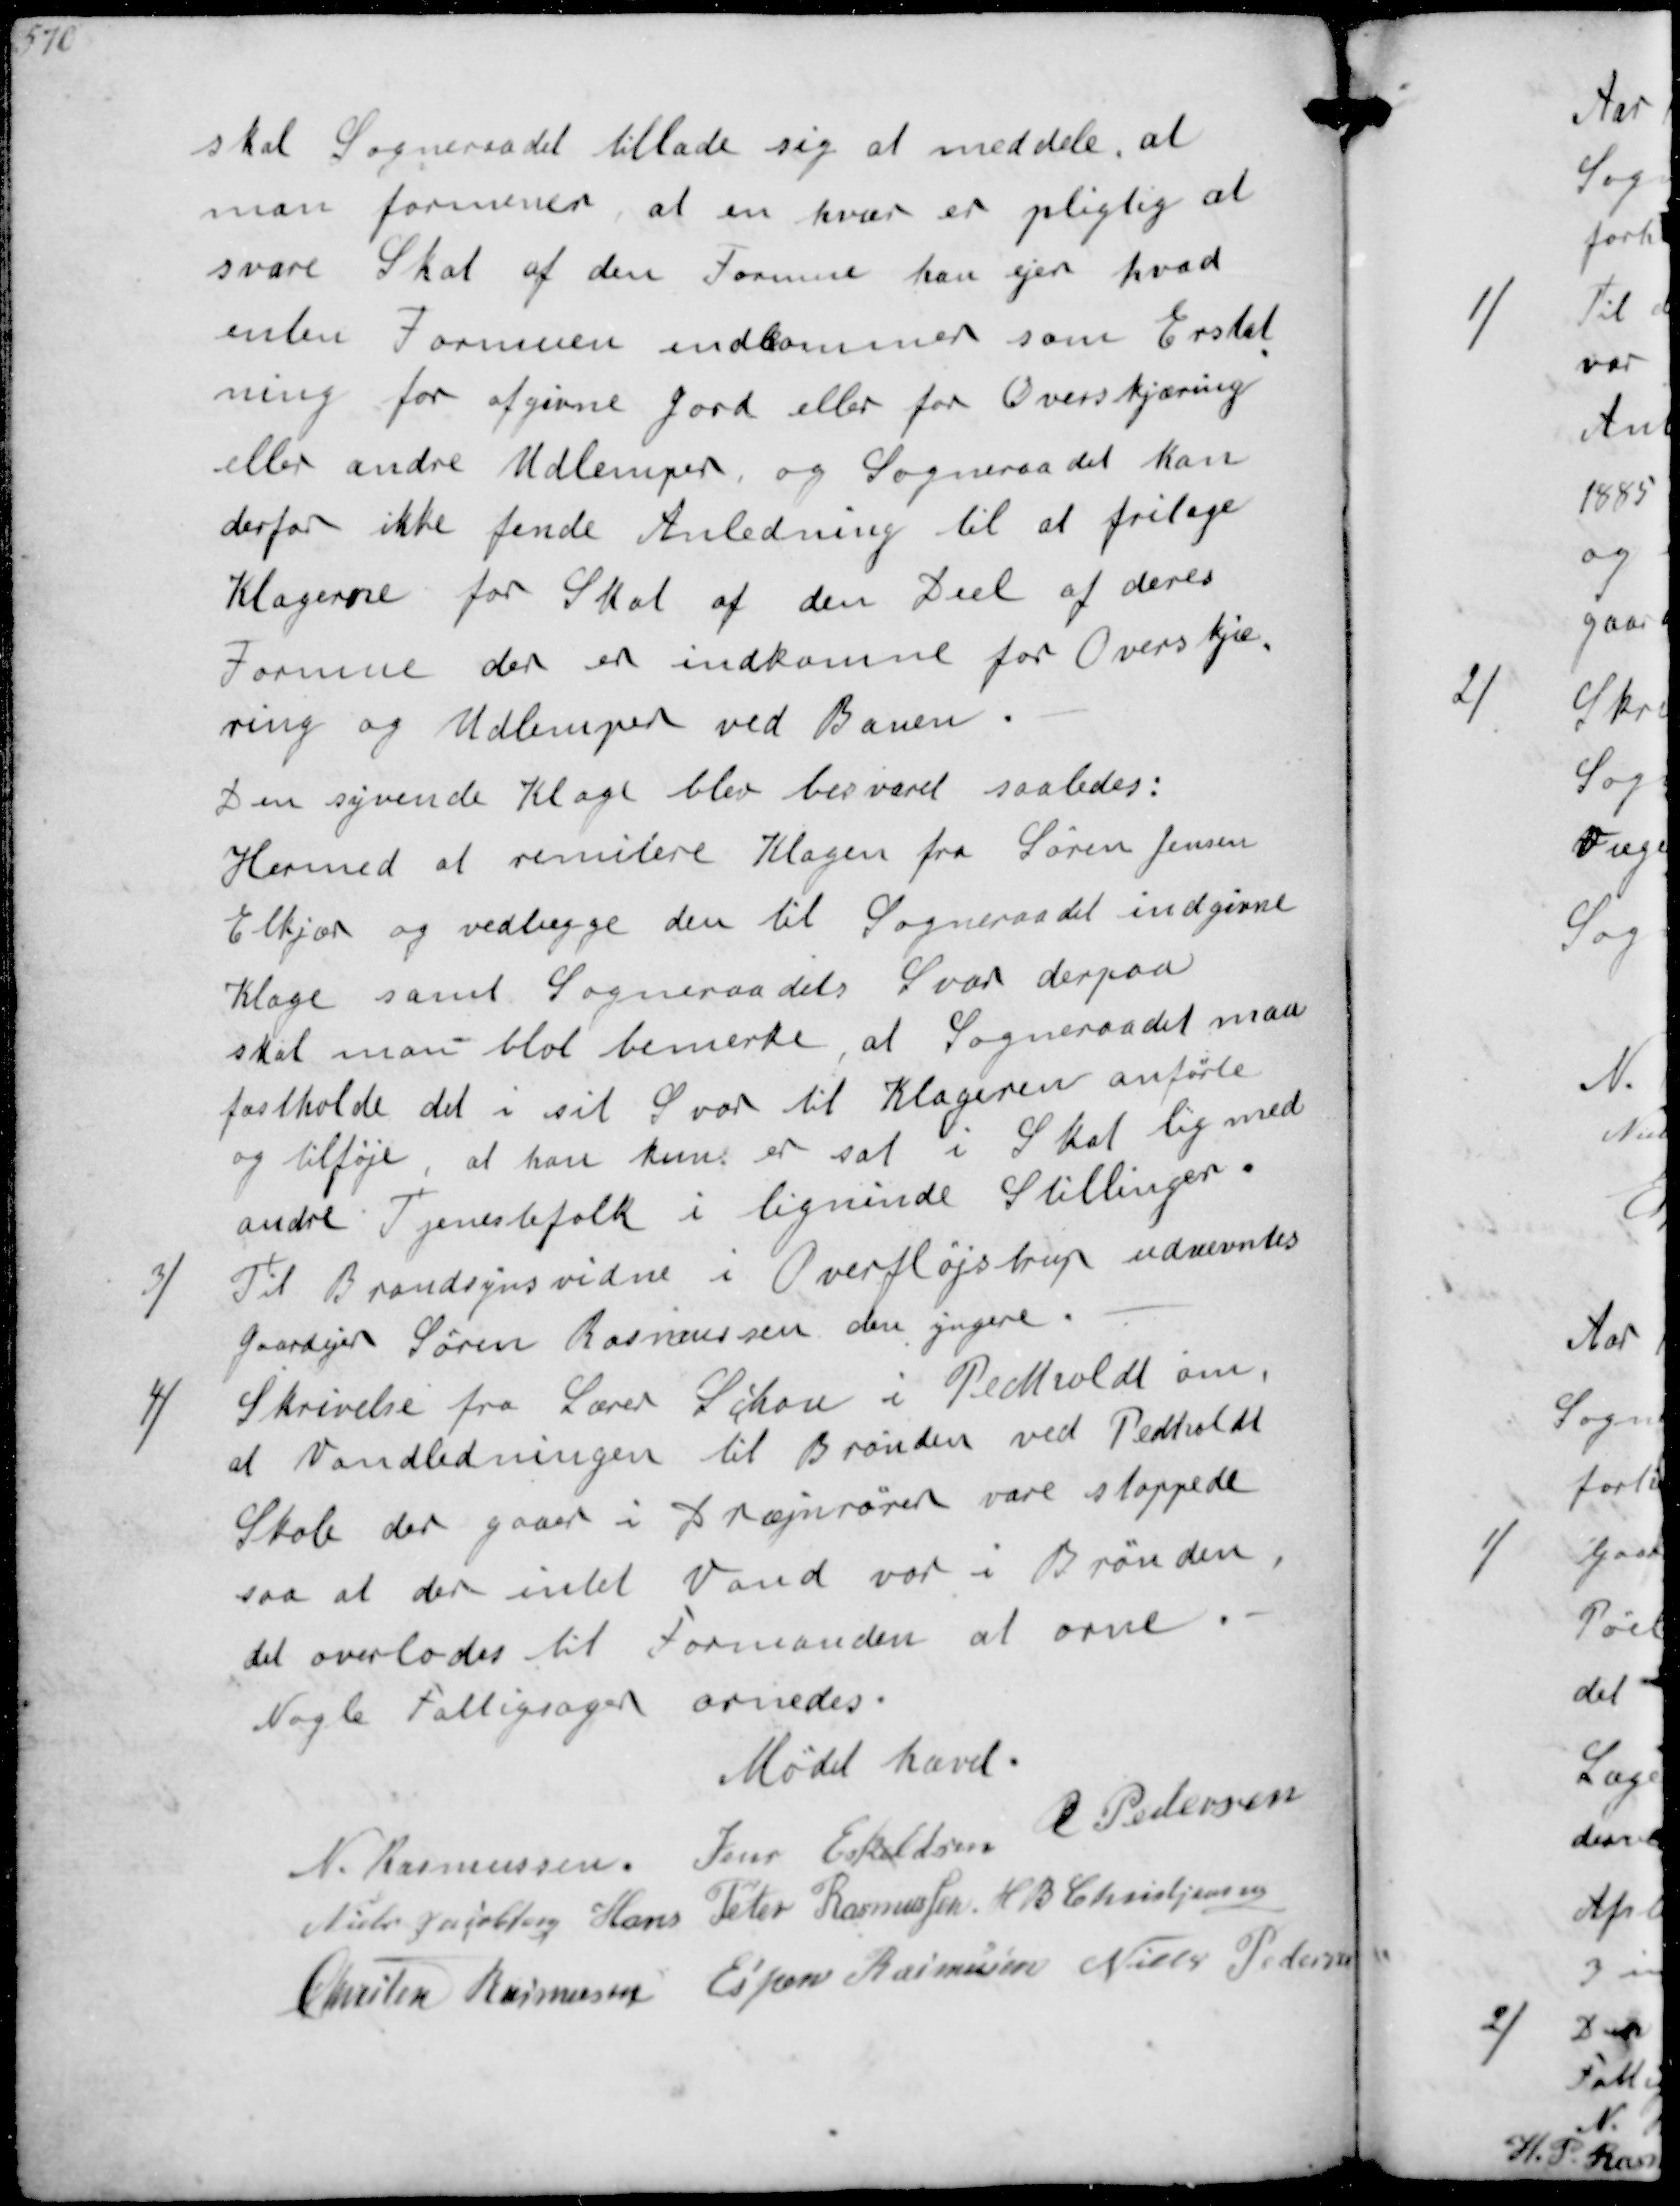
Transskription:
skal Sogneraadet tillade sig at meddele, at
man formener at en hver er pligtig til at
svare Skat af den Formue han ejer hvad
enten Formuen indkommer som Erstat-
ning for afgivne jord eller for Overskjæring
eller andre Udlemper og Sogneraadet kan
derfor ikke finde Anledning til at fritage
Klagerne for Skat af den Deel af deres
Formue der er indkomne for Overskjæ-
ring og Udlemper ved Banen
Den syvende Klage blev besvaret saaledes:
Hermed at remitere Klagen fra Søren Jensen
Elkjær og vedlægge den til Sogneraadet indgivne
Klage samt Sogneraadets Svar derpaa
skal man blot bemerke, at Sogneraadet maa
fastholde det i sit Svar til Klageren anførte
og tilføje, at han kun er sat i Skat lig med
andre Tjenestefolk i lignende Stillinger.
3/
Til Brandsynsvidne i Overfløjstrup udnevntes
Gaarejer Søren Rasmussen den yngre
4/
Skrivelse fra Lærer Schou i Pedholdt om
at Vandledningen til Brønden ved Pedholdt
Skole der gaaer i Drænrøret være stoppet
saa der intet Vand var i Brønden
det overlodes til Formanden at orne
Nogle Fattigsager ornedes
Mødet hævet
N Rasmussen
Jens Eskeldsen
R Pedersen
Niels Jacobsen
Hans Peter Rasmussen
H B Christjansen
Chresten Rasmussen
Espen Rasmussen
Niels Pedersen